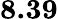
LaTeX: \textbf{8.39}